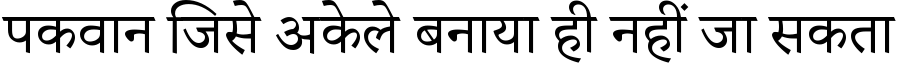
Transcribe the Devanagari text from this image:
पकवान जिसे अकेले बनाया ही नहीं जा सकता